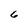
Character: 6